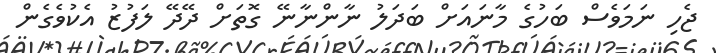
ޖެހި ނަމަވެސް ބަހުގެ މާނައަށް ބަދަލު ނާންނާނޭ ގޮތަށް ދޭދޭ ލަފުޒު އެކުވެގެން